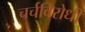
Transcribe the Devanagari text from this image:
चर्चविरोधी